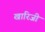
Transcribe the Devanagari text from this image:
खारिजी